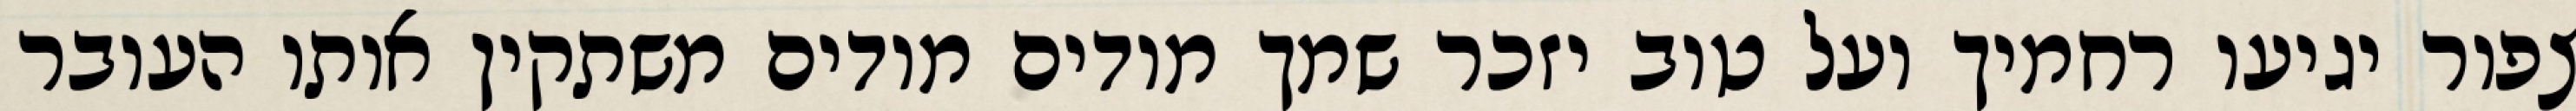
צפור יגיעו רחמיך ועל טוב יזכר שמך מודים מודים משתקין אותו העובר